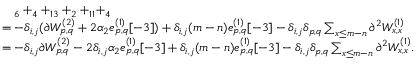
\begin{array} { r l } & { \quad _ { 6 } + _ { 4 } + _ { 1 3 } + _ { 2 } + _ { 1 1 } + _ { 4 } } \\ & { = - \delta _ { i , j } ( \partial W _ { p , q } ^ { ( 2 ) } + 2 \alpha _ { 2 } e _ { p , q } ^ { ( 1 ) } [ - 3 ] ) + \delta _ { i , j } ( m - n ) e _ { p , q } ^ { ( 1 ) } [ - 3 ] - \delta _ { i , j } \delta _ { p , q } \sum _ { x \leq m - n } \partial ^ { 2 } W _ { x , x } ^ { ( 1 ) } } \\ & { = - \delta _ { i , j } \partial W _ { p , q } ^ { ( 2 ) } - 2 \delta _ { i , j } \alpha _ { 2 } e _ { p , q } ^ { ( 1 ) } [ - 3 ] + \delta _ { i , j } ( m - n ) e _ { p , q } ^ { ( 1 ) } [ - 3 ] - \delta _ { i , j } \delta _ { p , q } \sum _ { x \leq m - n } \partial ^ { 2 } W _ { x , x } ^ { ( 1 ) } . } \end{array}